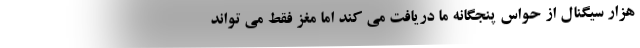
هزار سیگنال از حواس پنجگانه ما دریافت می کند اما مغز فقط می تواند